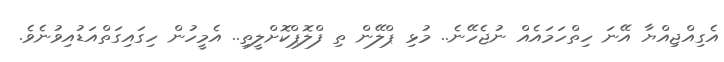
އެގިއްޖިއްޔާ އޭނަ ހިތްހަމައެއް ނުޖެހޭނެ.. މުޅި ޕްލޭން ތި ފްލޮޕްކޮށްލީތި.. އެމީހުން ހިގައިގަތްއަޑުއިވުނެވެ.